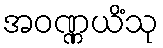
အဝဏ္ဏယိံသု